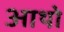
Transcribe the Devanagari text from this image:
आथो